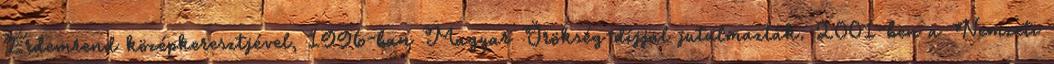
Érdemrend középkeresztjével, 1996-ban Magyar Örökség-díjjal jutalmazták. 2001-ben a Nemzeti